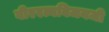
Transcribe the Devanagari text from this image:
वीररत्नविजयजी